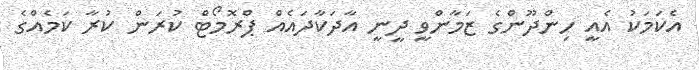
އެކަމަކު އެއީ ހިންދޫންގެ ޒަމާންވީ ދީނީ އާދަކާދައެއް ޕްރޮމޯޓް ކުރަން ކުރާ ކަމެއްގެ